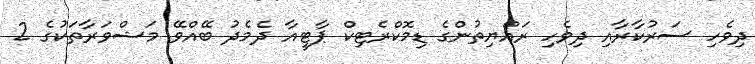
ދިވެހި ސަރުކާރާއި ދިވެހި ރައްޔިތުންގެ ޑިމޮކްރެޓިކް ޕާޓީއާ ދެމެދު ބޭއްވޭ މަޝްވަރާތަކުގެ 2